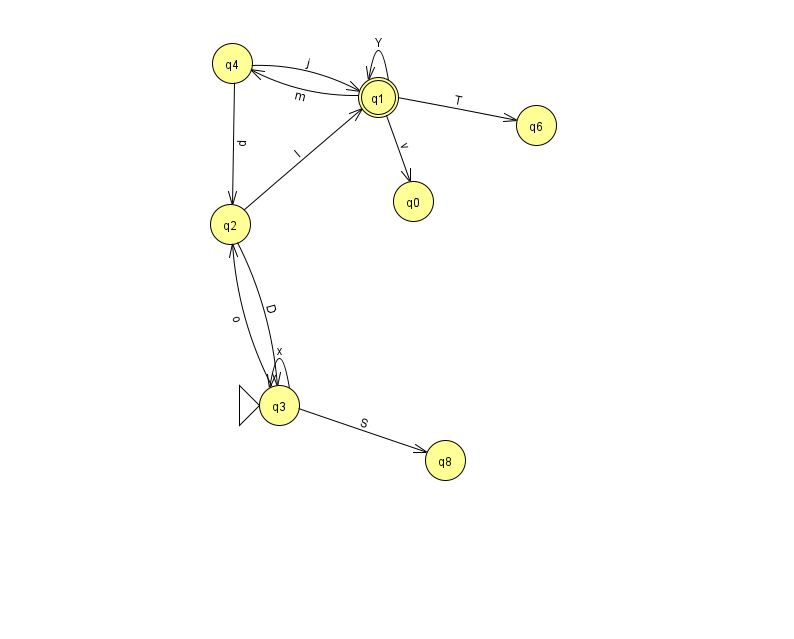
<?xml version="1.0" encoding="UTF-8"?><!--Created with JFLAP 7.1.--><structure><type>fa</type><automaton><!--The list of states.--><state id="0" name="q0"><x>413.0</x><y>188.0</y></state><state id="1" name="q1"><x>378.0</x><y>84.0</y><final/></state><state id="2" name="q2"><x>230.0</x><y>211.0</y></state><state id="3" name="q3"><x>279.0</x><y>392.0</y><initial/></state><state id="4" name="q4"><x>232.0</x><y>50.0</y></state><state id="6" name="q6"><x>536.0</x><y>112.0</y></state><state id="8" name="q8"><x>445.0</x><y>447.0</y></state><!--The list of transitions.--><transition><from>1</from><to>4</to><read>m</read></transition><transition><from>2</from><to>3</to><read>D</read></transition><transition><from>4</from><to>1</to><read>j</read></transition><transition><from>1</from><to>0</to><read>v</read></transition><transition><from>1</from><to>6</to><read>T</read></transition><transition><from>3</from><to>2</to><read>o</read></transition><transition><from>3</from><to>3</to><read>x</read></transition><transition><from>1</from><to>1</to><read>Y</read></transition><transition><from>4</from><to>2</to><read>d</read></transition><transition><from>2</from><to>1</to><read>l</read></transition><transition><from>3</from><to>8</to><read>S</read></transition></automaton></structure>